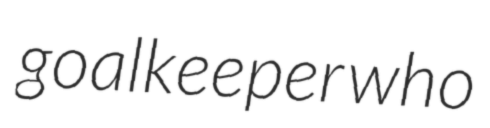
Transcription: goalkeeper who